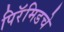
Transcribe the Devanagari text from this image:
पिरॅमिडचे